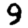
Digit: 9